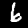
Digit: 6